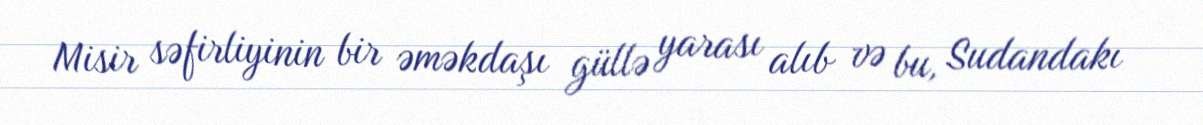
Misir səfirliyinin bir əməkdaşı güllə yarası alıb və bu, Sudandakı